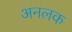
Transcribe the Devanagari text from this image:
अनलक